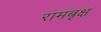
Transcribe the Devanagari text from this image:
रामबृक्ष